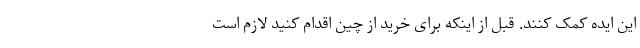
این ایده کمک کنند. قبل از اینکه برای خرید از چین اقدام کنید لازم است